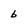
Character: b